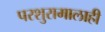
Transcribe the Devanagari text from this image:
परशुरामालाही